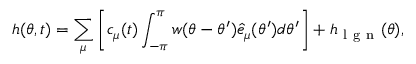
h ( \theta , t ) = \sum _ { \mu } \left[ c _ { \mu } ( t ) \int _ { - \pi } ^ { \pi } w ( \theta - \theta ^ { \prime } ) { \hat { e } _ { \mu } } ( \theta ^ { \prime } ) d \theta ^ { \prime } \right] + h _ { \mathrm { ~ l ~ g ~ n ~ } } ( \theta ) ,